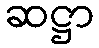
ဆဋ္ဌာ